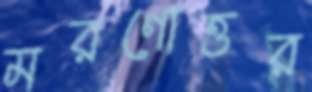
মরণোত্তর